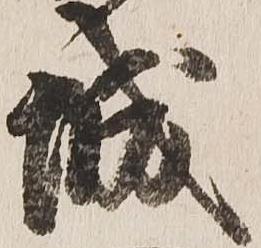
城